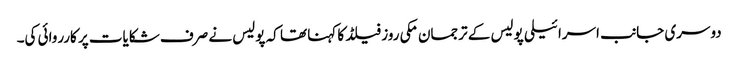
دوسری جانب اسرائیلی پولیس کے ترجمان مکی روز فیلڈ کا کہنا تھا کہ پولیس نے صرف شکایات پر کارروائی کی۔